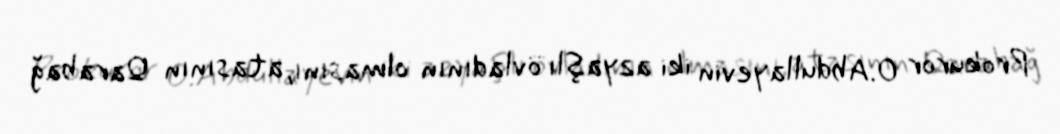
Prokuror O.Abdullayevin iki azyaşlı övladının olmasını, atasının Qarabağ